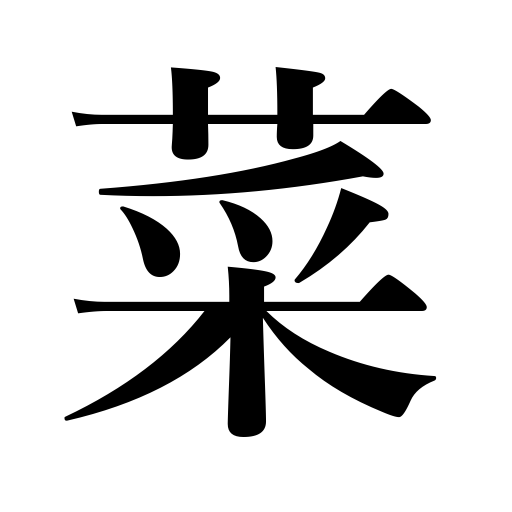
Meanings: greens,vegetables,side dish,the rape or mustard plant